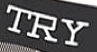
TRY